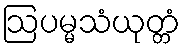
ဩပမ္မသံယုတ္တံ